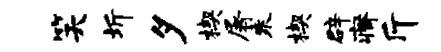
笑圻夕楔屠乘楔辟瘠斤